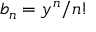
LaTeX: \textstyle b _ { n } = y ^ { n } / n !